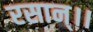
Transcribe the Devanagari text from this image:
रसान्।।